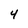
Character: 4